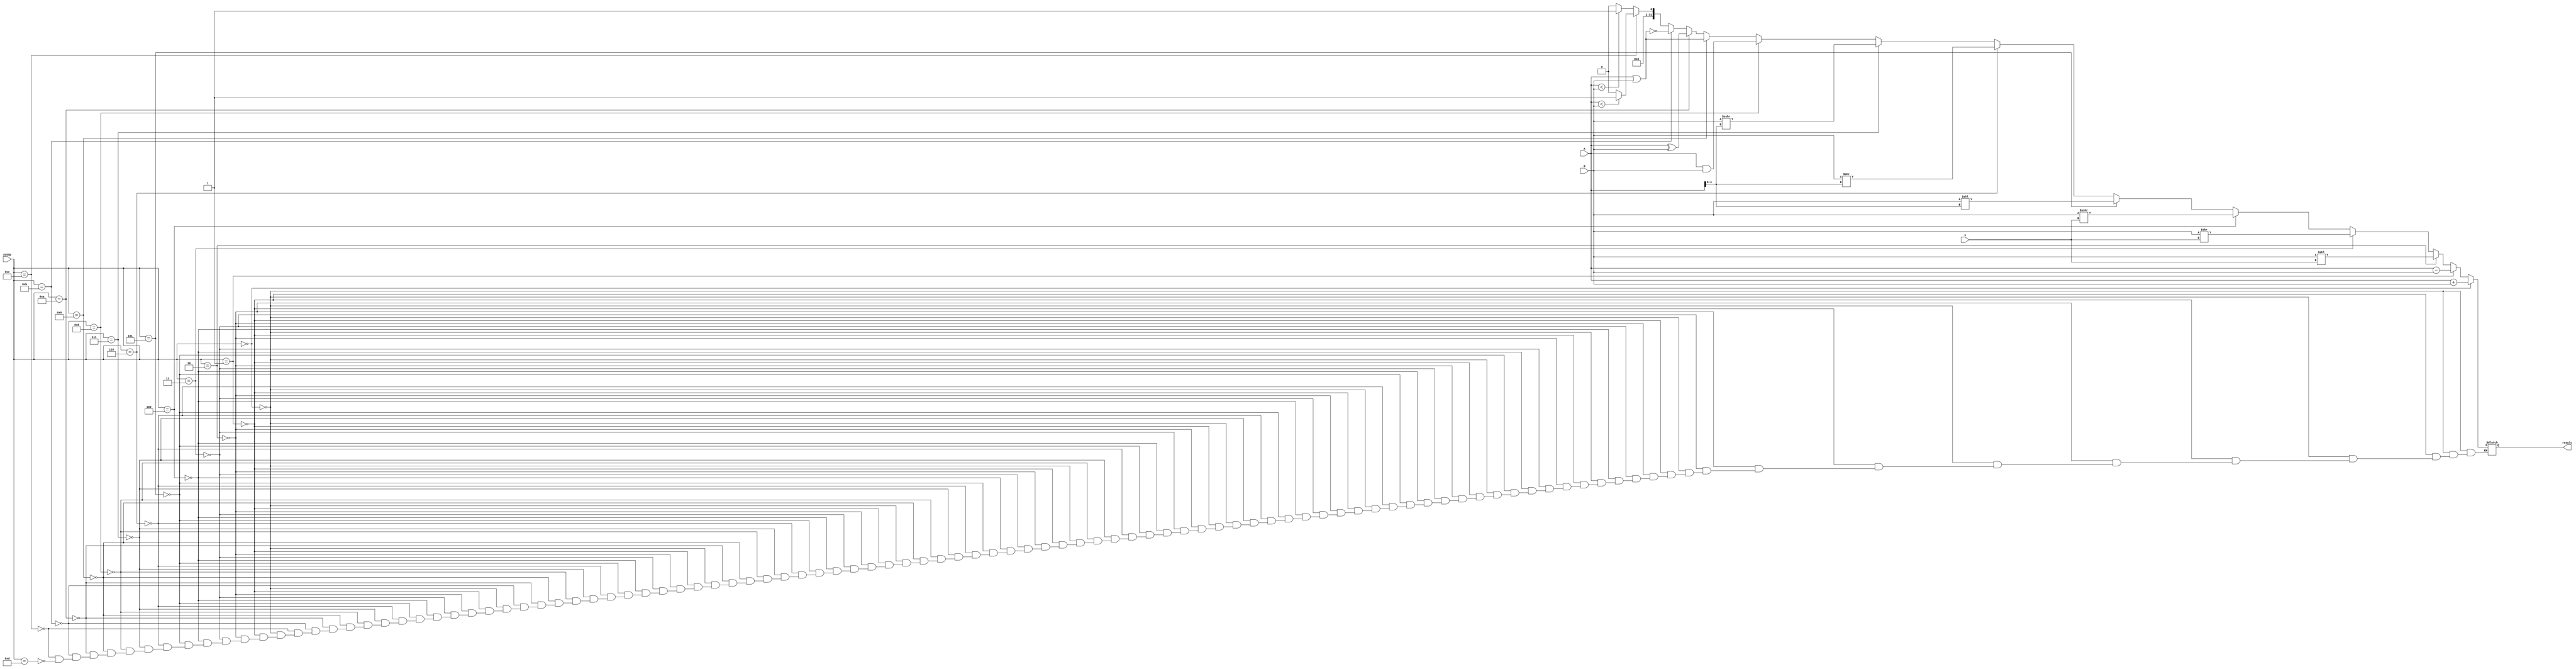
`timescale 1ns / 1ps
//////////////////////////////////////////////////////////////////////////////////
// Company: 
// Engineer: 
// 
// Design Name: 
// Module Name:    ALU 
// Project Name: 
// Target Devices: 
// Tool versions: 
// Description: 
//
// Dependencies: 
//
// Revision: 
// Revision 0.01 - File Created
// Additional Comments: 
//
//////////////////////////////////////////////////////////////////////////////////
module ALU(
    input [31:0] A,
    input [31:0] B,
    input [31:0] ALUOp,
	 input [4:0] s,
    output reg [31:0] result
    );

	 always @* begin
		if(ALUOp==0)begin
			result=A+B;
		end
		else if(ALUOp==1)begin
			result=A-B;
		end
		else if(ALUOp==2)begin
			result=B<<s;
		end
		else if(ALUOp==3)begin
			result=B>>s;
		end
		else if(ALUOp==4)begin
			result=$signed(B)>>>s;
		end
		else if(ALUOp==5)begin
			result=B<<A[4:0];
		end
		else if(ALUOp==6)begin
			result=B>>A[4:0];
		end
		else if(ALUOp==7)begin
			result=$signed(B)>>>A[4:0];
		end
		else if(ALUOp==8)begin
			result=A&B;
		end
		else if(ALUOp==9)begin
			result=A|B;
		end
		else if(ALUOp==10)begin
			result=A^B;
		end
		else if(ALUOp==11)begin
			result=~(A|B);
		end
		else if(ALUOp==12)begin
			if($signed(A)<$signed(B))begin
				result=1;
			end
			else begin
				result=0;
			end
		end
		else if(ALUOp==13)begin
			if(A<B)begin
				result=1;
			end
			else begin
				result=0;
			end
		end
	 end

endmodule